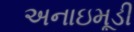
અનાઇમૂડી